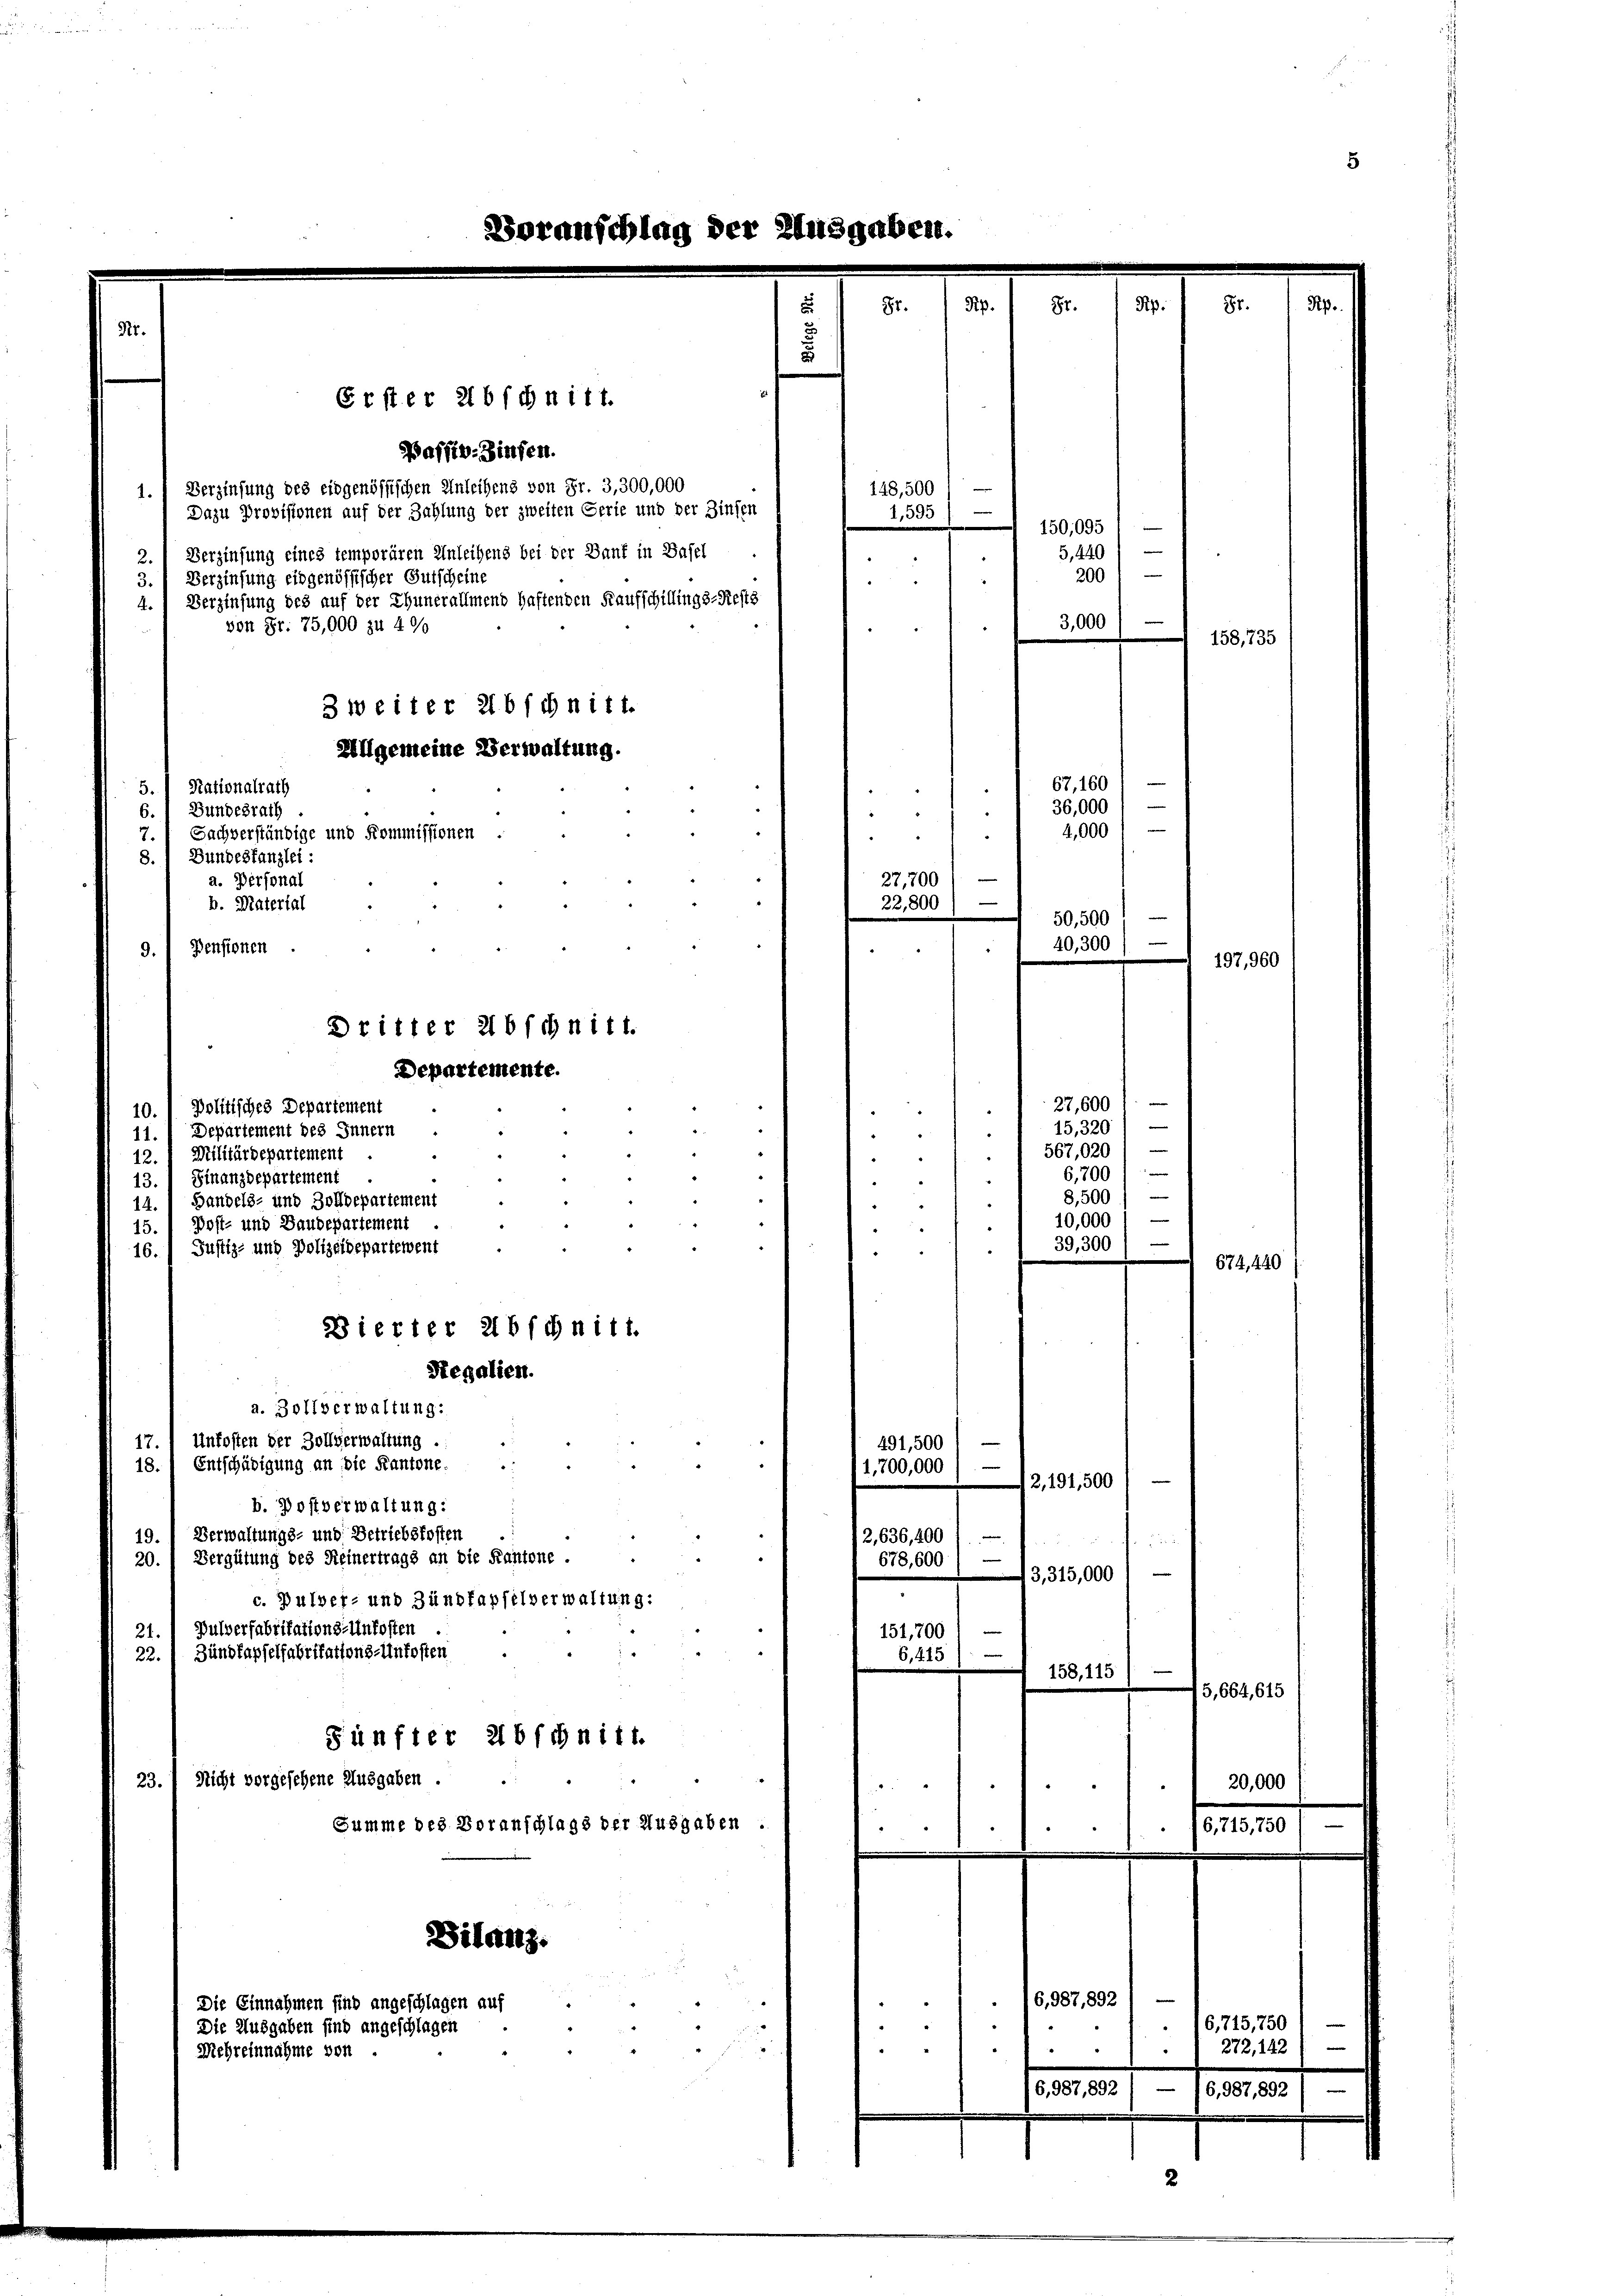
1.
2.

4.

Baffiv-Zinsen.
Verzinsung des eidgenössischen Anleihens von Fr. 3,300,000
Dazu Provisionen auf der Zahlung der zweiten Serie und der Zinsen
Verzinsung eines temporären Anleihens bei der Dank in Basel
Verzinsung eidgenössischer Gutscheine
Verzinsung des auf der Thunerallmend haftenden Kaufschillings-Rests
von Fr. 75,000 zu 4%
3 weiter 2 b schnitt.
Allgemeine Verwaltung.
5. Nationalrath
Bundesrath
Sachverständige und Kommissionen
8. Bundestanzlei:
a. Personal
b. Material
9.) Pensionen
10.
15,320) —
11.
567,020 / —
12. Militärdepartement
6,200)
u
Finanzdepartement
13.
Handels- und Zolldepartement
14.
15. Post- und Baudepartement
16. Justiz- und Polizeidepartement
Dierter abschnitt.
Regalien.
a. Zollverwaltung:
Unfosten der Zollverwaltung .
e
17.
491,500
Entschädigung an die Kantone.
18.

1,700,000
12,191,500
b. Postverwaltung:
19. Verwaltungs- und Betriebskosten
e
2, 636,400

Vergütung des Reinertrags an die Kantone .
20.
e
678,600
3,315,000
c. Pulver- und Zündfapfelverwaltung:
Pulverfabrikations-Unkosten
151,700
21.
Zündkapselfabritations-Unkosten
22.
6,415):
158, 115
Fünfter 216 fchnitt.
23. Nicht vorgesehene Ausgaben.
Summe des Voranschlags der Ausgaben.

Bilanz.
e
6,987,892
Die Einnahmen sind angeschlagen auf
Die Ausgaben sind angeschlagen
24
Mehreinnahme von

Politisches Departement
Departement des Innern

Dritter abschnitt.
Departemente.

Erster 216 schnitt.

oranschlag

1
e
27,700
22,800
e

148,500
1,595

e

67, 160
36,000
4,000
50,500
40,300) —
27,600 f. —
2

150,095 1
5,440
200
3,000
e

8,500
10,000
39,300

e

2

158, 7

197, 9

674,440

5,664, 615

20,000

6,715,750
212, 142
6,987,892
6,987,892